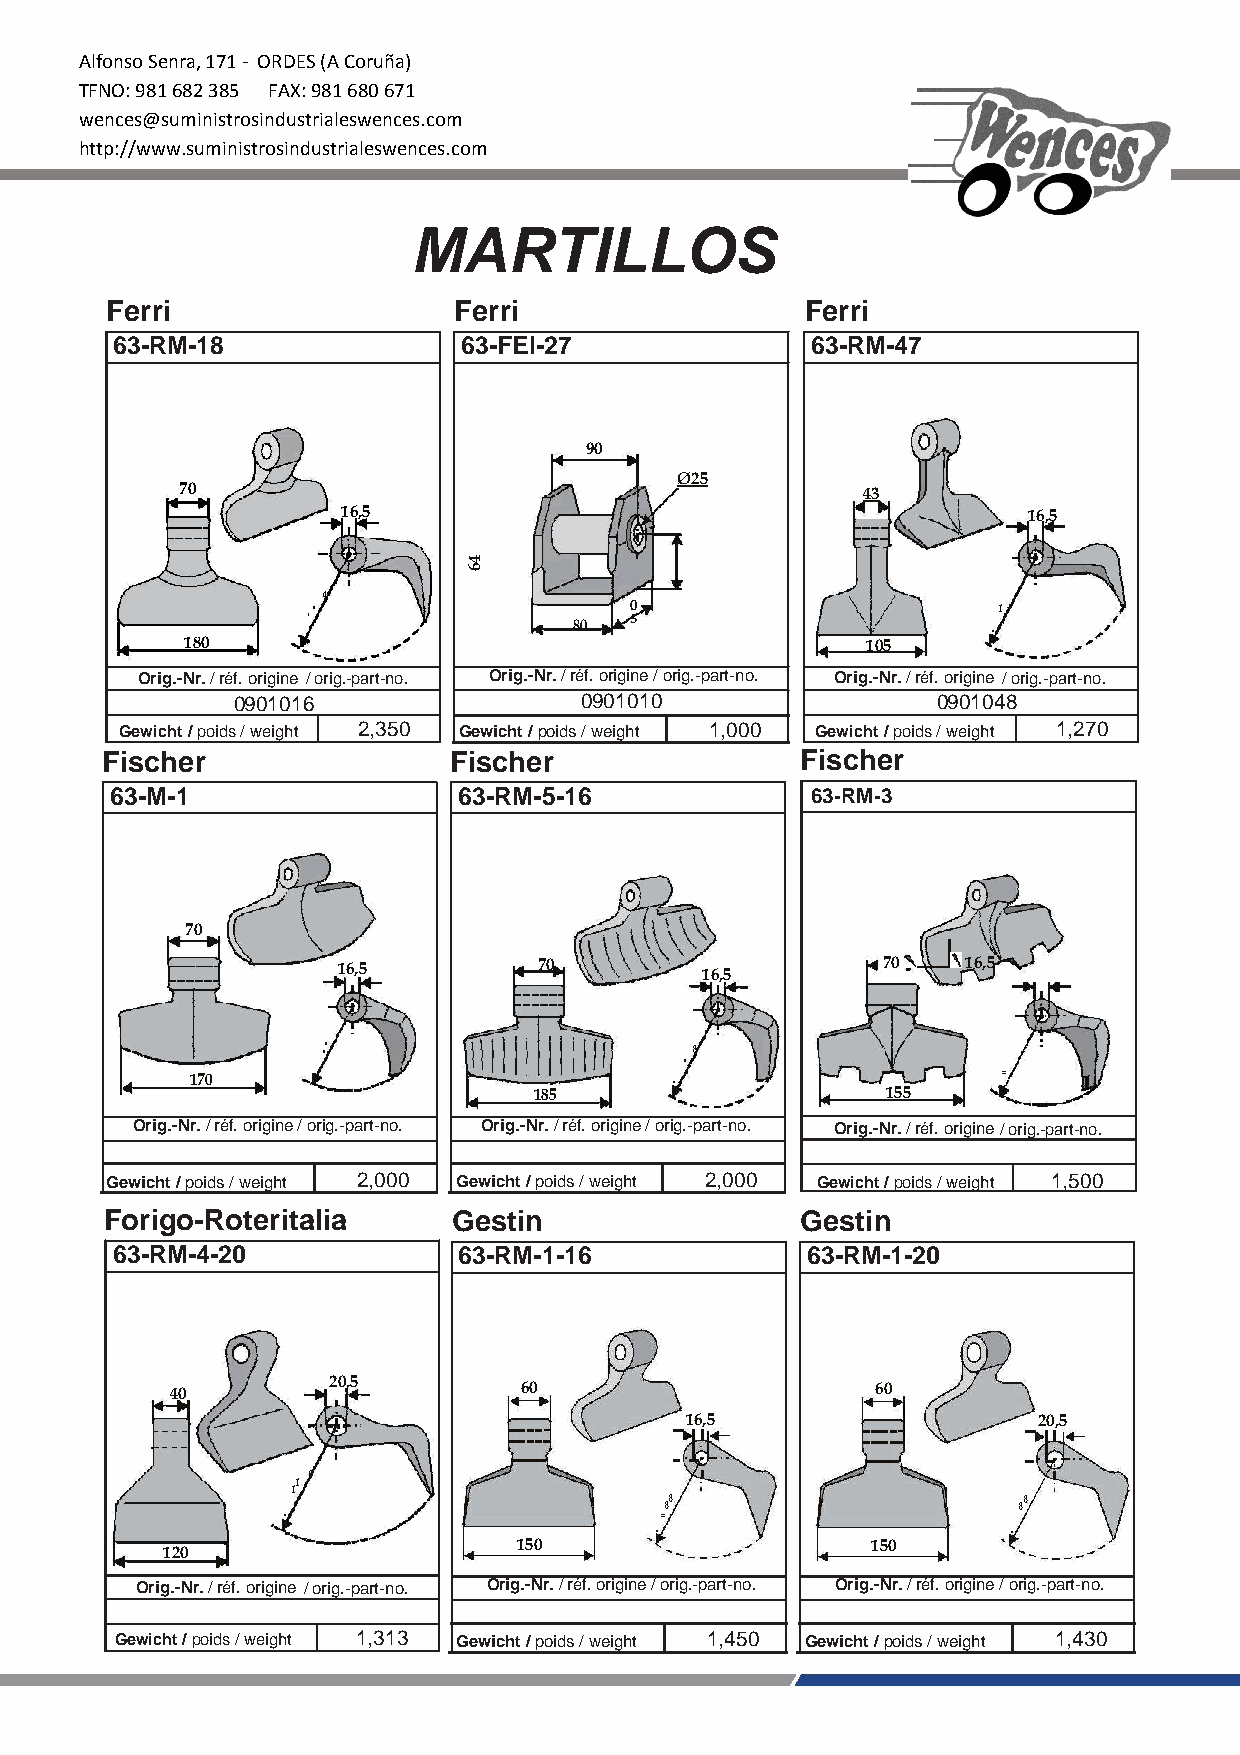
Alfonso Senra, 171 - ORDES (A Coruña)
 TFNO: 981 682 385 FAX: 981 680 671
 wences@suministrosindustrialeswences.com
 http://www.suministrosindustrialeswences.com
 MARTILLOS
 Ferri                  Ferri                  Ferri
 63-RM-18               63-FEI-27               63-RM-47
 90
 70
 Ø25
 43
 16,5                                         16,5
 4
 180     R
 = 1 0             80  0 5
 105      R
 = 1 20
 Orig.-Nr. / réf. origine / orig.-part-no. Orig.-Nr. / réf. origine / orig.-part-no. Orig.-Nr. / réf. origine / orig.-part-no.
 0901016                0901010                 0901048
 Gewicht / poids / weight 2,350 Gewicht / poids / weight 1,000 Gewicht / poids / weight 1,270
 Fischer                Fischer                Fischer
 63-M-1                 63-RM-5-16              63-RM-3
 70
 16,5          70        16,5        70    16,5
 170     R
 =
 8 8
 185       R
 =
 8
 8
 155    R
 = 85
 Orig.-Nr. / réf. origine / orig.-part-no. Orig.-Nr. / réf. origine / orig.-part-no. Orig.-Nr. / réf. origine / orig.-part-no.
 Gewicht / poids / weight 2,000 Gewicht / poids / weight 2,000 Gewicht / poids / weight 1,500
 Forigo-Roteritalia     Gestin                 Gestin
 63-RM-4-20             63-RM-1-16             63-RM-1-20
 40         20,5        60                      60
 16,5                    20,5
 120
 R
 =
 1
 1
 0
 1 5 0    R
 =
 8 8
 15 0     R
 =
 8 8
 Orig.-Nr. / réf. origine / orig.-part-no. Orig.-Nr. / réf. origine / orig.-part-no. Orig.-Nr. / réf. origine / orig.-part-no.
 Gewicht / poids / weight 1,313 Gewicht / poids / weight 1,450 Gewicht / poids / weight 1,430
 46